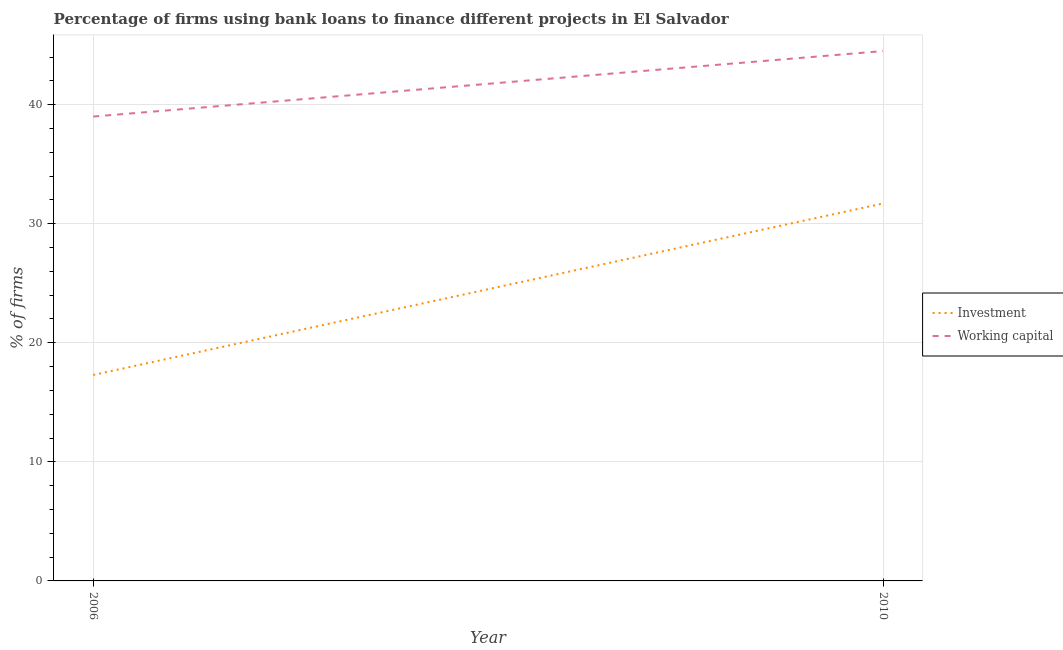
| Year | Investment | Working capital |
 | --- | --- | --- |
 | 2006 | 17.3 | 39 |
 | 2010 | 31.7 | 44.5 |